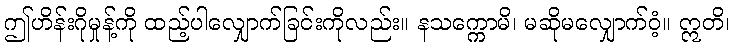
ဤဟိန်းဂိုမှုန့်ကို ထည့်ပါလျှောက်ခြင်းကိုလည်း။ နသက္ကောမိ၊ မဆိုမလျှောက်ဝံ့။ ဣတိ၊